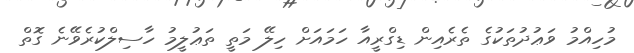
މުހިއްމު ވަޢުދުތަކުގެ ތެރެއިން ޑިގްރީއާ ހަމައަށް ހިލޭ މަތީ ތަޢުލީމު ހާސިލްކުރެވޭނެ ގޮތް